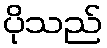
ပိုသည်